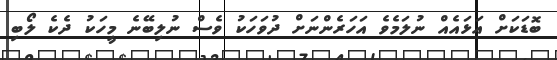
ބޮޑަކަށް އަޅައެއް ނުލަމެވެ އަހަރެންނަށް ދުވަހަކު ވެސް ނުލިބޭނެ މީހަކު ދެކެ ލޯބި